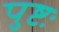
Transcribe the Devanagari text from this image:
पुष्टः